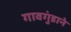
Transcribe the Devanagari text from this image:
गावगुंडाने